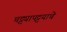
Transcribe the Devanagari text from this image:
चट्ट्यापट्टयाचे